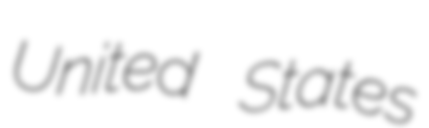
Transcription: United States